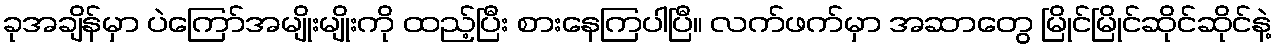
ခုအချိန်မှာ ပဲကြော်အမျိုးမျိုးကို ထည့်ပြီး စားနေကြပါပြီ။ လက်ဖက်မှာ အဆာတွေ မြိုင်မြိုင်ဆိုင်ဆိုင်နဲ့